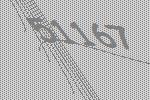
51167